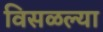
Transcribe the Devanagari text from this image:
विसळल्या